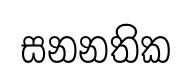
සනනතික